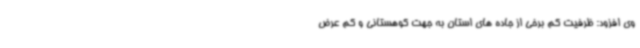
وی افزود: ظرفیت کم برخی از جاده های استان به جهت کوهستانی و کم عرض